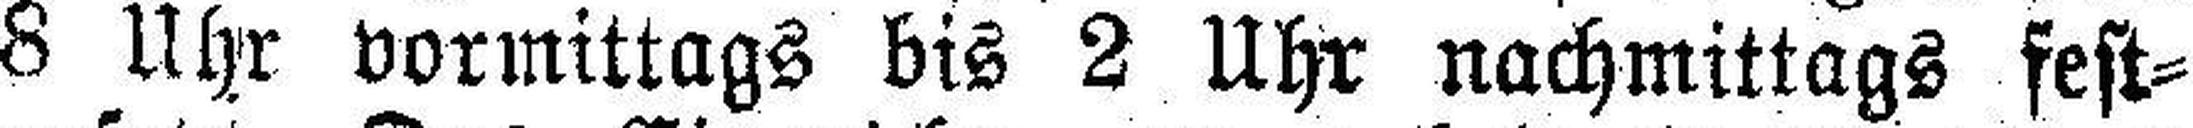
8 Uhr vormittags bis 2 Uhr nachmittags fest¬